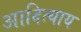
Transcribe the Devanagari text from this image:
आदित्याय